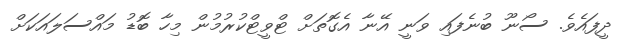
ދީފައެވެ. ސޯނޫ ބުނެފައި ވަނީ އޭނާ އެގޮތަށް ޓްވީޓްކުރުމުން މިހާ ބޮޑު މައްސަލައަކަށް